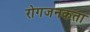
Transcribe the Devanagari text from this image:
रोगजनकता